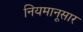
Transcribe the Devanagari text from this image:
नियमानूसार